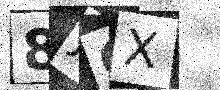
Text: 8JCX